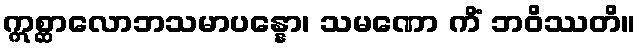
ဣစ္ဆာလောဘသမာပန္နော၊ သမဏော ကိံ ဘဝိဿတိ။